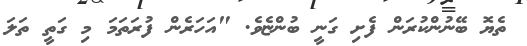
ތެޔޮ ބޭނުންކުރަން ފެށި ގަނީ ބުންޏެވެ. "އަހަރެން ފުރަތަމަ މި ގަތީ ތަލަ